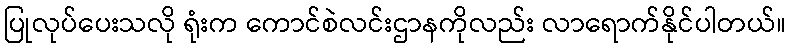
ပြုလုပ်ပေးသလို ရုံးက ကောင်စဲလင်းဌာနကိုလည်း လာရောက်နိုင်ပါတယ်။